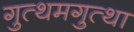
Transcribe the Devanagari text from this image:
गुत्थमगुत्था